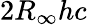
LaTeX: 2R_{\infty}hc